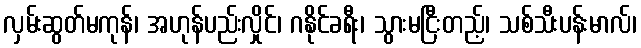
လှမ်းဆွတ်မကုန်၊ အဟုန်ပည်းလှိုင်၊ ဂနိုင်ခရီး၊ သွားမငြီးတည့်၊ သစ်သီးပန်းမာလ်၊